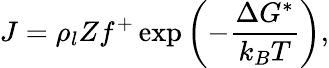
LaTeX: J=\rho_{l}Zf^{+}\exp\left(-\frac{\Delta G^{*}}{k_{B}T}\right),